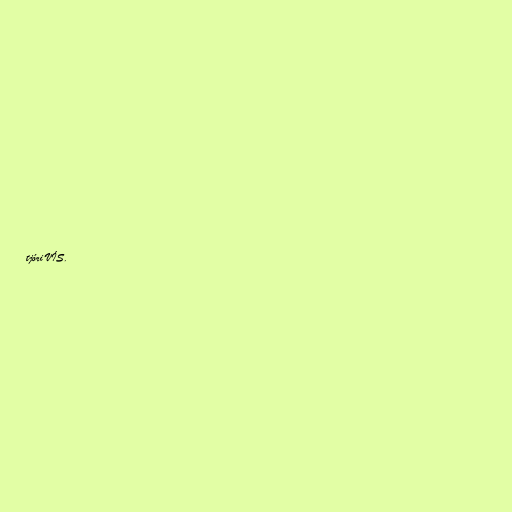
tjóri VÍS.